Report on the working of the mental hospitals for Indians in Bihar and Orissa - 1925-1929
Year: 1925
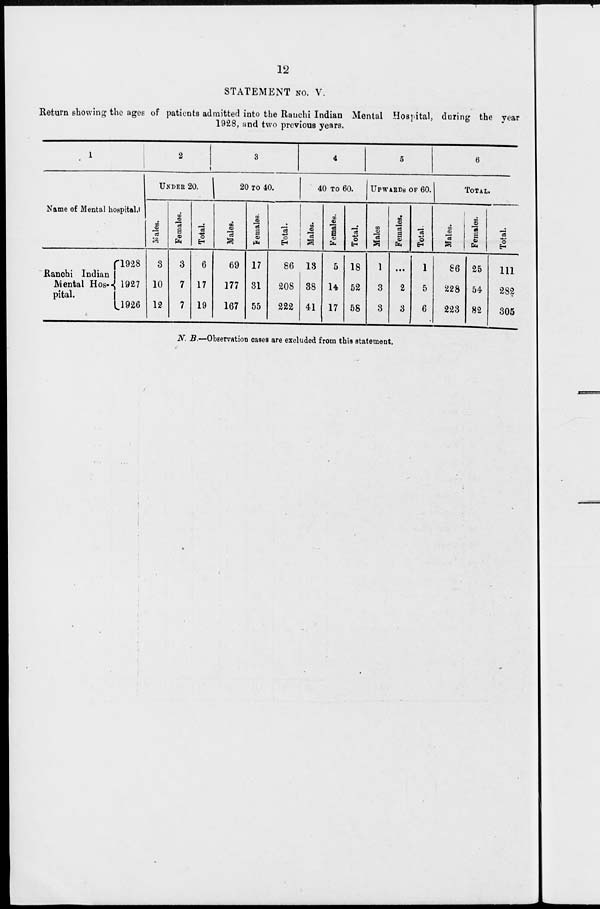
12
STATEMENT No. V.
Return showing the ages of patients admitted into the Ranchi Indian Mental Hospital, during the year
1928, and two previous years.
1
Name of Mental hospital.
Ranchi Indian
Mental Hos-
pital.
1928
1927
1926
2
UNDER 20.
Males.
3
10
12
Females.
3
7
7
Total.
6
17
19
3
20 TO 40.
Males.
69
177
167
Females.
17
31
55
Total.
86
208
222
4
40 TO 60.
Males.
13
38
41
Females.
5
14
17
Total.
18
52
58
5
UPWARDS OF 60.
Males
1
3
3
Females.
...
2
3
Total.
1
5
6
6
TOTAL.
Males.
86
228
223
Females.
25
54
82
Total.
111
282
305
N. B.—Observation cases are excluded from this statement.